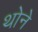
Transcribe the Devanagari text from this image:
थोने